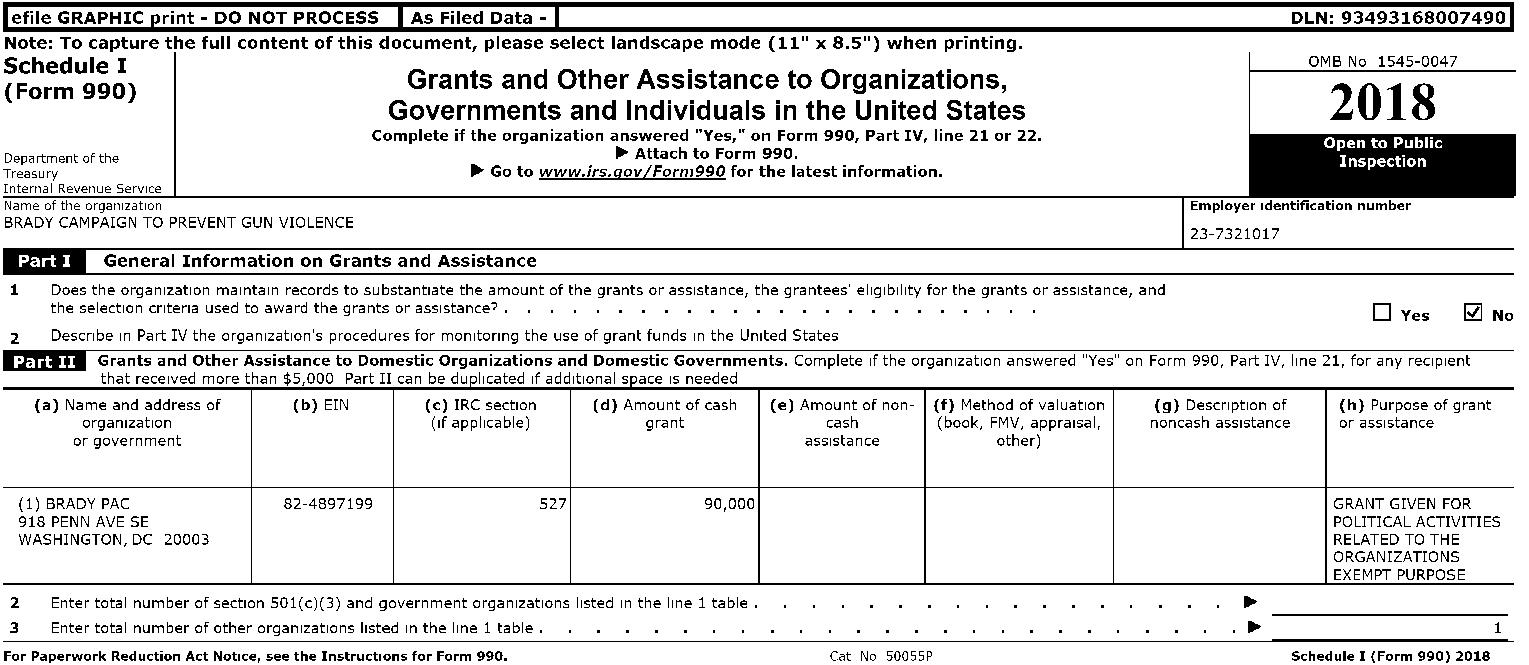
I         -I
 lefile GRAPHIC print - DO NOT PROCESS As Filed Data                                  DLN:934931680074901
 Note: To capture the full content of this document, please select landscape mode (11" x 8.S") when printing.
 Schedule I                                                                             OMB No 1545-0047
 Grants and Other Assistance to Organizations,
 (Form 990)                                                                              2018
 Governments and Individuals in the United States
 Complete if the organization answered "Yes," on Form 990, Part IV, line 21 or 22.
 Open to Public
 Department of the                        ~ Attach to Form 990.                           Inspection
 Treasury                       ~ Go to www.irs.qov/Form990 for the latest information.
 Internal Revenue Service
 Name of the organization                                                       Employer Identification number
 BRADY CAMPAIGN TO PREVENT GUN VIOLENCE
 23-7321017
 General Information on Grants and Assistance
 1 Does the organization maintain records to substantiate the amount of the grants or assistance, the grantees' eligibility for the grants or assistance, and
 the selection criteria used to award the grants or assistance? •
 DYes  ~ No
 2 Describe In Part IV the organlzatlon's procedures for monitoring the use of grant funds In the United States
 lifii"
 Grants and Other Assistance to Domestic Organizations and Domestic Governments. Complete If the organization answered "Yes" on Form 990, Part IV, line 21, for any recIpient
 that received more than $5,000 Part II can be duplicated If additional space IS needed
 (a) Name and address of (b) EIN (c) IRC section (d) Amount of cash (e) Amount of non- (f) Method of valuation (g) DesCri ptlon of (h) Purpose of grant
 organization            (If applicable) grant     cash   (book, FMV, appraisal, noncash assistance or assistance
 or government                                   assistance   other)
 (1) BRADY PAC     82-4897199       527        90,000                                   GRANT GIVEN FOR
 918 PENN AVE SE                                                                        POLITICAL ACTIVITIES
 WASHINGTON, DC 20003                                                                   RELATED TO THE
 ORGANIZATIONS
 EXEMPT PURPOSE
 2 Enter total number of section 501(c)(3) and government organizations listed In the line 1 table.
 3 Enter total number of other organizations listed In the line 1 table.
 For Paperwork Reduction Act Notice, see the Instructions for Form 990. Cat No SOOSSP Schedule I (Form 990) 2018